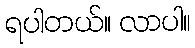
ရပါတယ်။ လာပါ။